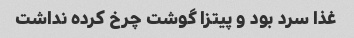
غذا سرد بود و پیتزا گوشت چرخ کرده نداشت